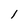
Character: l